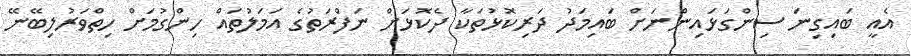
އެއީ ބައިގިނަ ސިންގަޅައިންނަށް ބައިމަދު ދަރިކޮޅުތަކާ ދެކޮޅަށް ނަފްރަތުގެ އަމަލުތައް ހިންގުމަށް ހިތްވަރުލިބޭނޭ